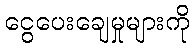
ငွေပေးချေမှုများကို